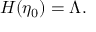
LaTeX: H ( \eta _ { 0 } ) = \Lambda .